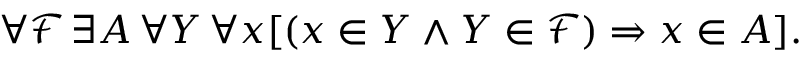
\forall { \mathcal { F } } \, \exists A \, \forall Y \, \forall x [ ( x \in Y \land Y \in { \mathcal { F } } ) \Rightarrow x \in A ] .